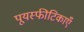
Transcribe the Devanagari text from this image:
पूयस्फीटिकाएँ